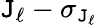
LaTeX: \mathtt{J}_{\ell}-\sigma_{\mathtt{J}_{\ell}}